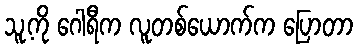
သူ့ကို ဂေါရီက လူတစ်ယောက်က ပြောတာ